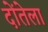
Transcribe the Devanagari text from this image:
दोंतेला